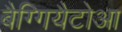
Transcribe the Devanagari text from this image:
बैग्गियैटोआ